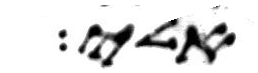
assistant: אלי